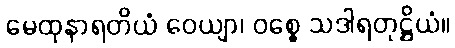
မေထုနာရတိယံ ဝေယျာ၊ ဝစ္စေ သဒါရတုဋ္ဌိယံ။